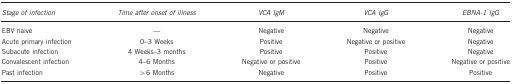
| Stage of infection | Time after onset of illness | VCA IgM | VCA IgG | EBNA-1 IgG |
 | --- | --- | --- | --- | --- |
 | EBV naive | — | Negative | Negative | Negative |
 | Acute primary infection | 0–3 Weeks | Positive | Negative or positive | Negative |
 | Subacute infection | 4 Weeks–3 months | Positive | Positive | Negative |
 | Convalescent infection | 4–6 Months | Negative or positive | Positive | Negative or positive |
 | Past infection | >6 Months | Negative | Positive | Positive |